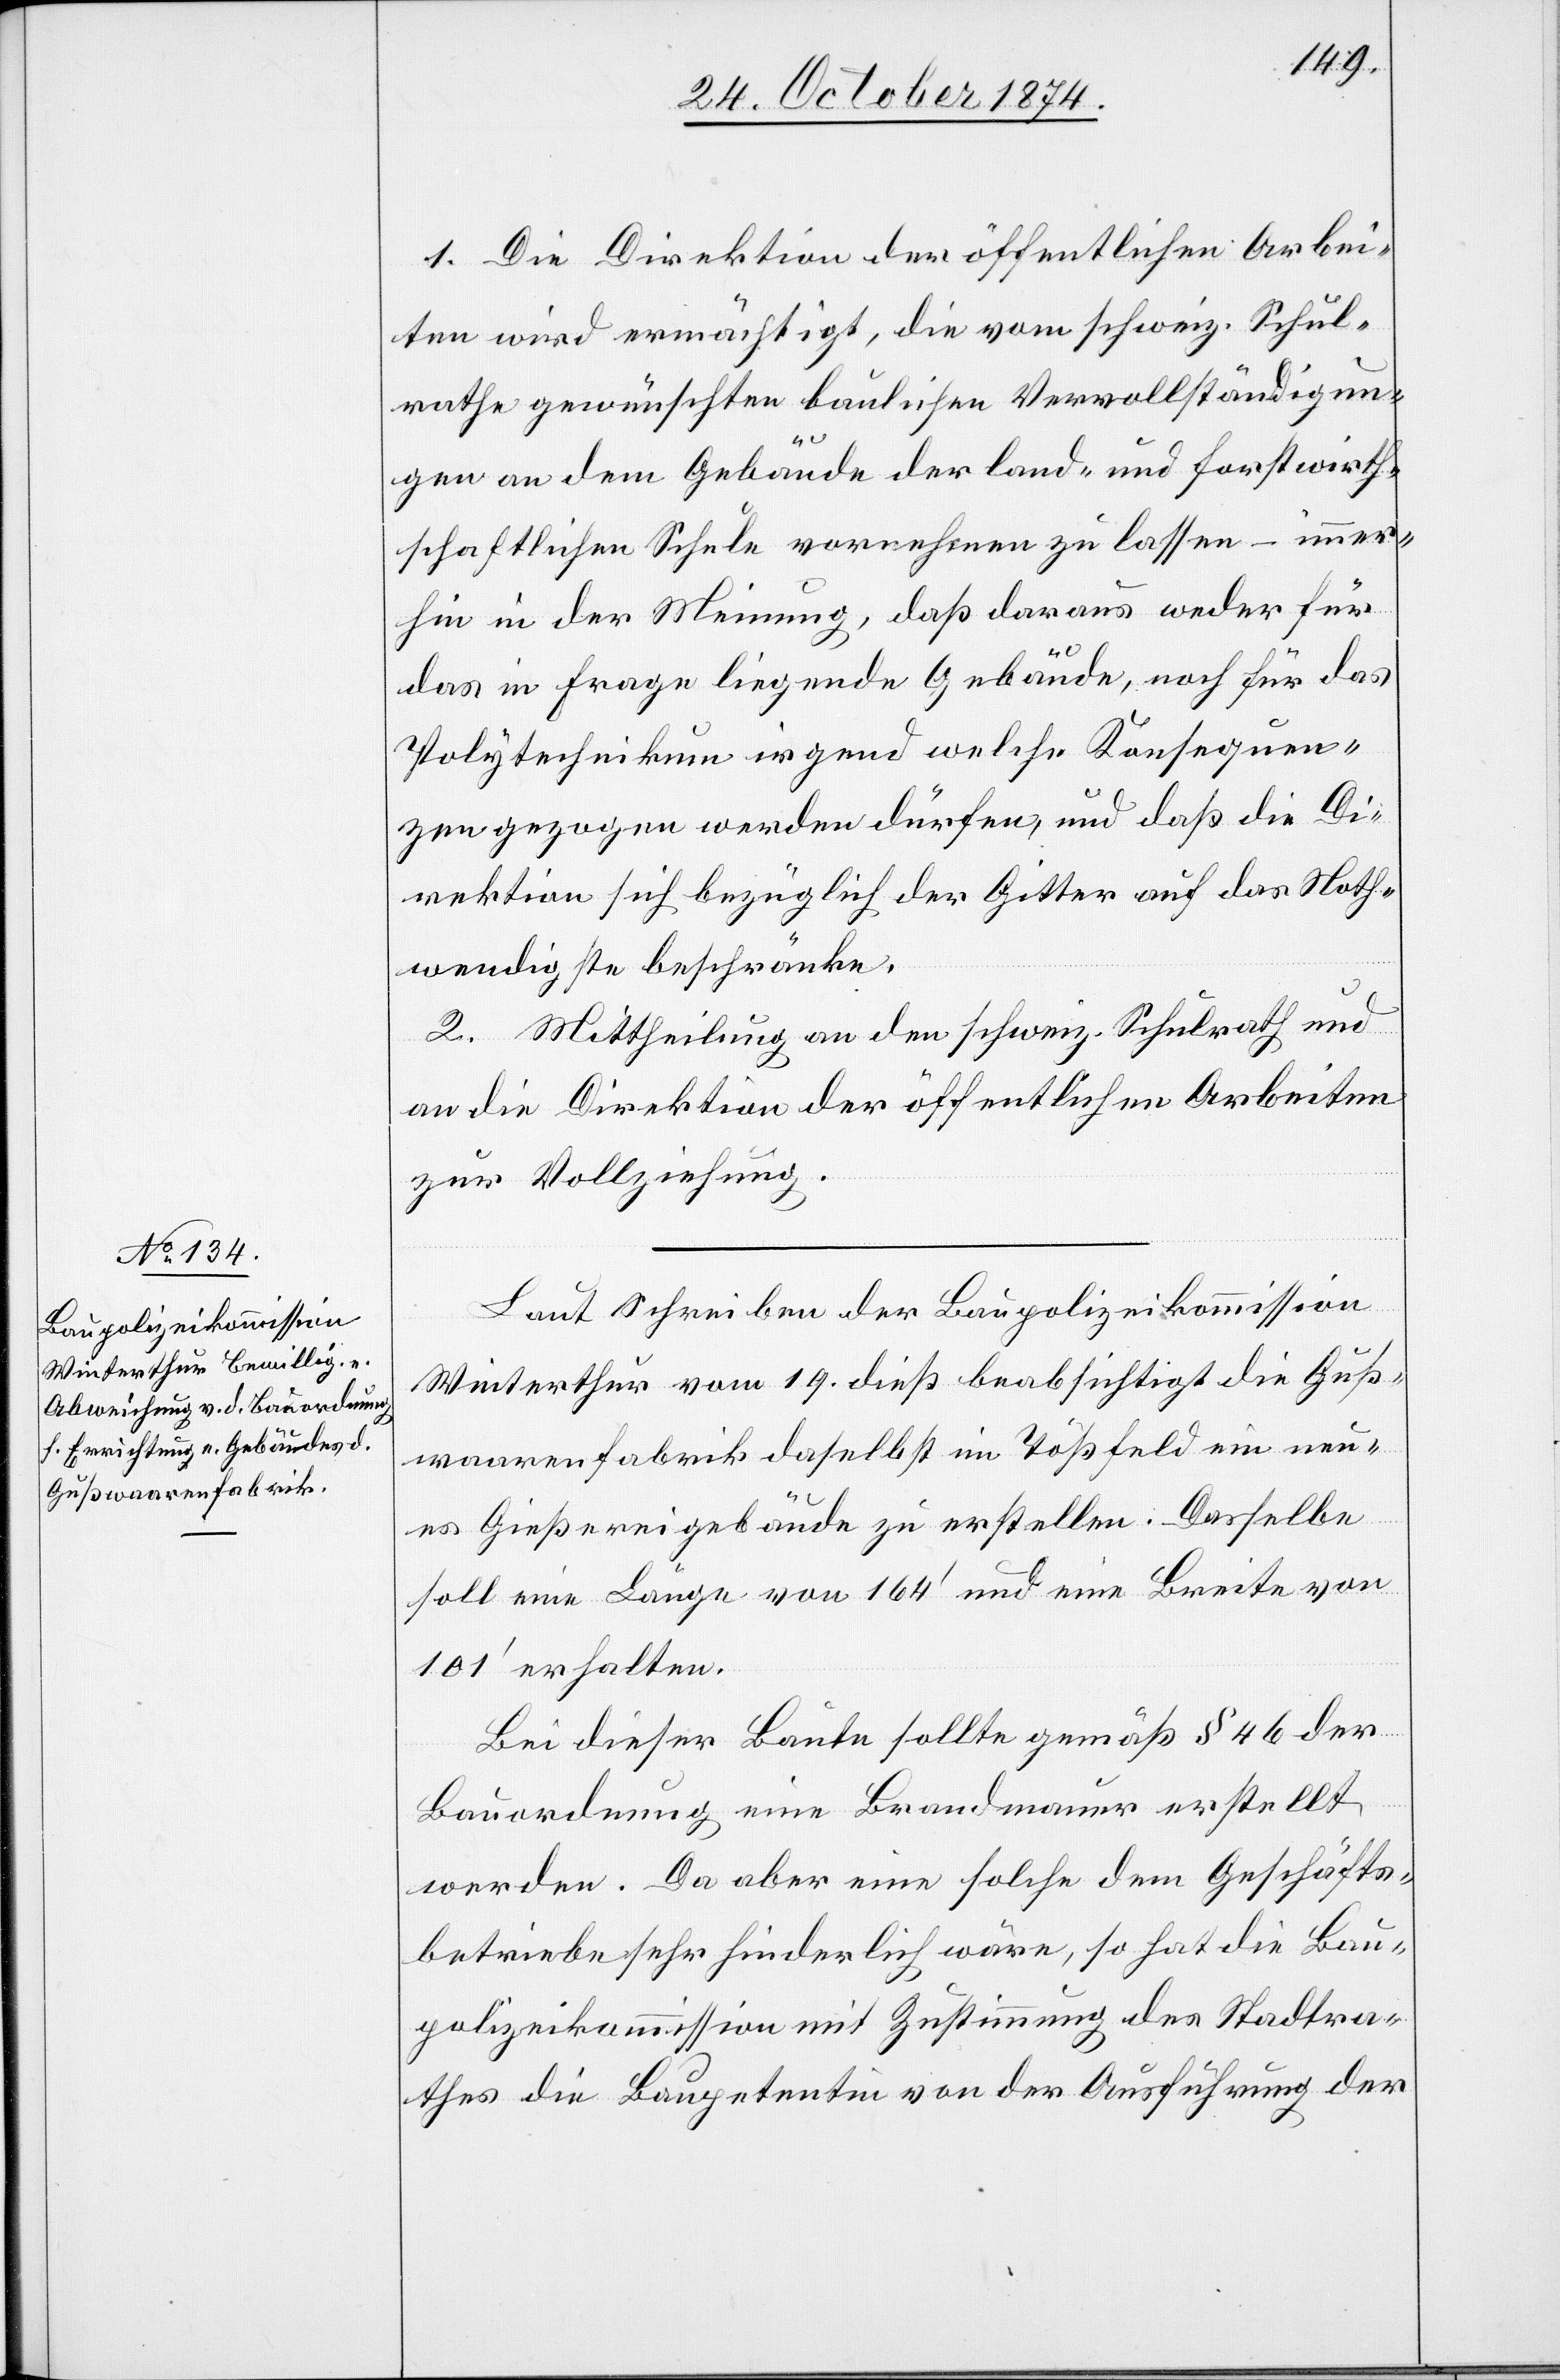
1. Die Direktion der öffentlichen Arbei¬
ten wird ermächtigt, die vom schweiz. Schul¬
rathe gewünschten baulichen Vervollständigun¬
gen an dem Gebäude der land- und forstwirth¬
schaftlichen Schule vorrechnen zu lassen – immer¬
hin in der Meinung, daß daraus weder für
das in Frage liegende Gebäude, noch für das
Polytechnikum irgend welche Konsequen¬
zen gezogen werden dürfen, und daß die Di¬
rektion sich bezüglich der Gitter auf das Noth¬
wendigste beschränke.
2. Mittheilung an den schweiz. Schulrath und
an die Direktion der öffentlichen Arbeiten
zur Vollziehung.
Laut Schreiben der Baupolizeikommission
Winterthur vom 19. dieß beabsichtigt die Guß¬
waarenfabrik daselbst im Tößfeld ein neu¬
es Gießereigebäude zu erstellen. Dasselbe
soll eine Länge von 164‘ und eine Breite von
101‘ erhalten.
Bei dieser Baute sollte gemäß § 46 der
Bauordnung eine Brandmauer erstellt
werden. Da aber eine solche dem Geschäfts¬
betriebe sehr hinderlich wäre, so hat die Bau¬
polizeikommission mit Zustimmung des Stadtra¬
thes die Baupetentin von der Ausführung der